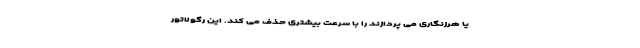
یا هرزنگاری می پردازند را با سرعت بیشتری حذف می کند. این رگولاتور